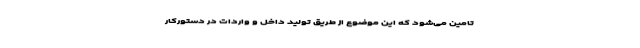
تامین می‌شود که این موضوع از طریق تولید داخل و واردات در دستورکار